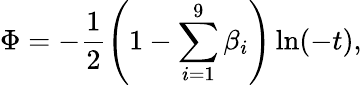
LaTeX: \Phi=-\frac{1}{2}\left(1-\sum_{i=1}^{9}\beta_{i}\right)\ln(-t),